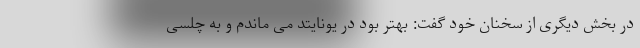
در بخش دیگری از سخنان خود گفت: بهتر بود در یونایتد می ماندم و به چلسی